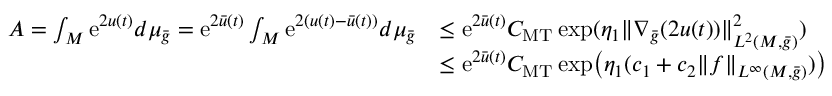
\begin{array} { r l } { A = \int _ { M } \mathrm { e } ^ { 2 u ( t ) } d \mu _ { \bar { g } } = \mathrm { e } ^ { 2 \bar { u } ( t ) } \int _ { M } \mathrm { e } ^ { 2 ( u ( t ) - \bar { u } ( t ) ) } d \mu _ { \bar { g } } } & { \le \mathrm { e } ^ { 2 \bar { u } ( t ) } C _ { \mathrm { M T } } \exp ( \eta _ { 1 } \| \nabla _ { \bar { g } } ( 2 u ( t ) ) \| _ { L ^ { 2 } ( M , \bar { g } ) } ^ { 2 } ) } \\ & { \le \mathrm { e } ^ { 2 \bar { u } ( t ) } C _ { \mathrm { M T } } \exp \bigl ( \eta _ { 1 } ( c _ { 1 } + c _ { 2 } \| f \| _ { L ^ { \infty } ( M , \bar { g } ) } ) \bigr ) } \end{array}